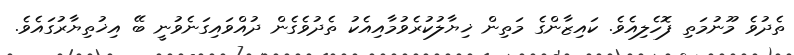
ތެދުވެ މޫނުމަތި ފޮހެލިއެވެ. ކައިޒާންގެ މަތިން ޚިޔާލުކުރެވުމާއިއެކު ތެދުވެގެން ދުއްވައިގަނެވުނީ ބޭ އިޚުތިޔާރުގައެވެ.